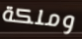
وملكة